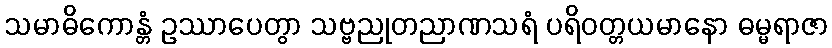
သမာဓိကောန္တံ ဥဿာပေတွာ သဗ္ဗညုတညာဏသရံ ပရိဝတ္တယမာနော ဓမ္မရာဇာ